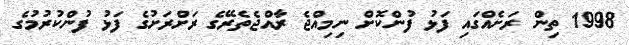
1998 ތިން ރަށެއްގައި ފަޅު ފުންކޮށް ނިމިއްޖެ ރާއްޖެތެރޭގެ ރަށްރަށުގެ ފަޅު ފުންކުރުމުގެ